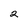
Character: 2